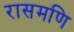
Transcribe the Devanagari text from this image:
रासमणि